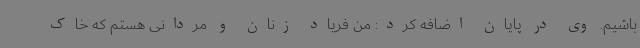
باشیم. وی در پایان اضافه کرد: من فریاد زنان و مردانی هستم که خاک